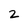
Character: 2